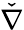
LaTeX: \check{\nabla}